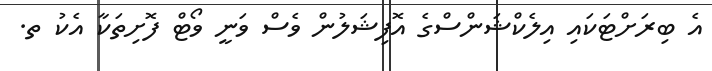
އެ ބިރަށްޓަކައި އިލެކްޝަންސްގެ އޮފިޝަލުން ވެސް ވަނީ ވޯޓް ފޮށިތަކާ އެކު ތ.